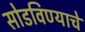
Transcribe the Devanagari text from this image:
सोडविण्‍याचे